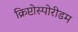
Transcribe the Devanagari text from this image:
क्रिप्टोस्पोरीडम